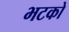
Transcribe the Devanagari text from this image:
भटको